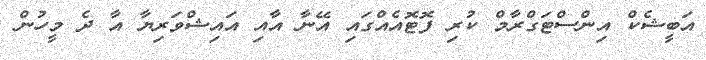
އަބީޝެކް އިންސްޓަގްރާމް ކުރި ފޮޓޮއެއްގައި އޭނާ އާއި އައިޝްވަރިޔާ އާ ދެ މީހުން